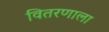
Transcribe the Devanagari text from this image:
वितरणाला